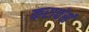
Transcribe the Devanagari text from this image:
करावंसं